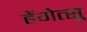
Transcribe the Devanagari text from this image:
हेंगेत्सू